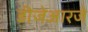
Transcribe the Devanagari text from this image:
डीजेआरजे